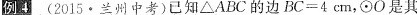
例4 (2015 · 兰州中考)已知△ABC的边$$B C = 4 c m$$，\odot O是其